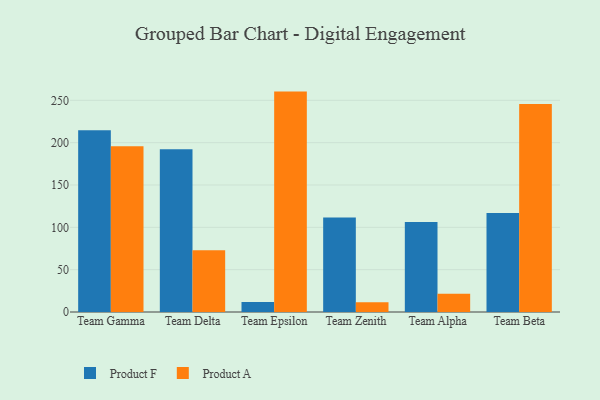
{"axis": {"x": "Team", "y": "Website Visitors"}, "legend": ["Product A", "Product F"], "data": [{"x": "Team Gamma", "y": 214.6, "type": "Product F"}, {"x": "Team Gamma", "y": 195.8, "type": "Product A"}, {"x": "Team Delta", "y": 192.3, "type": "Product F"}, {"x": "Team Delta", "y": 73.0, "type": "Product A"}, {"x": "Team Epsilon", "y": 11.7, "type": "Product F"}, {"x": "Team Epsilon", "y": 260.3, "type": "Product A"}, {"x": "Team Zenith", "y": 111.6, "type": "Product F"}, {"x": "Team Zenith", "y": 11.5, "type": "Product A"}, {"x": "Team Alpha", "y": 106.3, "type": "Product F"}, {"x": "Team Alpha", "y": 21.5, "type": "Product A"}, {"x": "Team Beta", "y": 116.8, "type": "Product F"}, {"x": "Team Beta", "y": 245.7, "type": "Product A"}]}